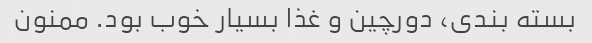
بسته بندی، دورچین و غذا بسیار خوب بود. ممنون